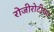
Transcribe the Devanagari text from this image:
रोजीरोटीच्या